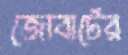
জোবার্টের